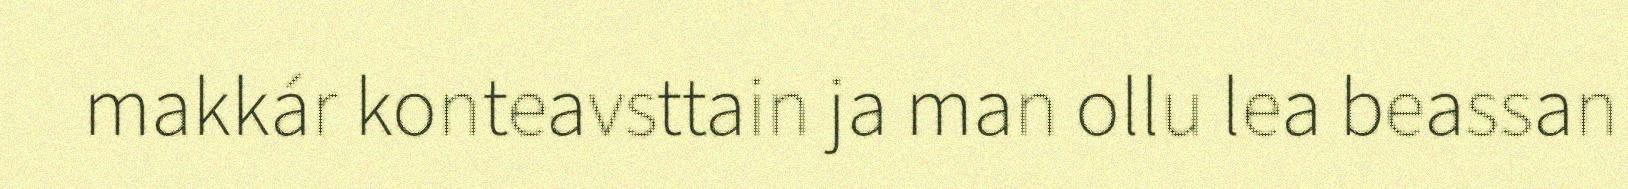
makkár konteavsttain ja man ollu lea beassan